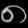
Digit: ၈